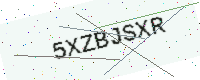
Text: 5XZBJSXR